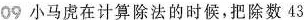
09小马虎在计算除法的时候，把除数43